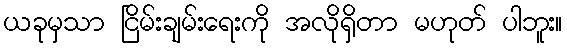
ယခုမှသာ ငြိမ်းချမ်းရေးကို အလိုရှိတာ မဟုတ် ပါဘူး။